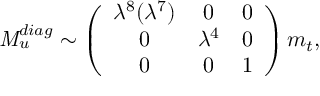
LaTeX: { \it M } _ { u } ^ { d i a g } \sim \left( \begin{array} { c c r } { { \lambda ^ { 8 } ( \lambda ^ { 7 } ) } } & { { 0 } } & { { 0 } } \\ { { 0 } } & { { \lambda ^ { 4 } } } & { { 0 } } \\ { { 0 } } & { { 0 } } & { { 1 } } \end{array} \right) m _ { t } ,